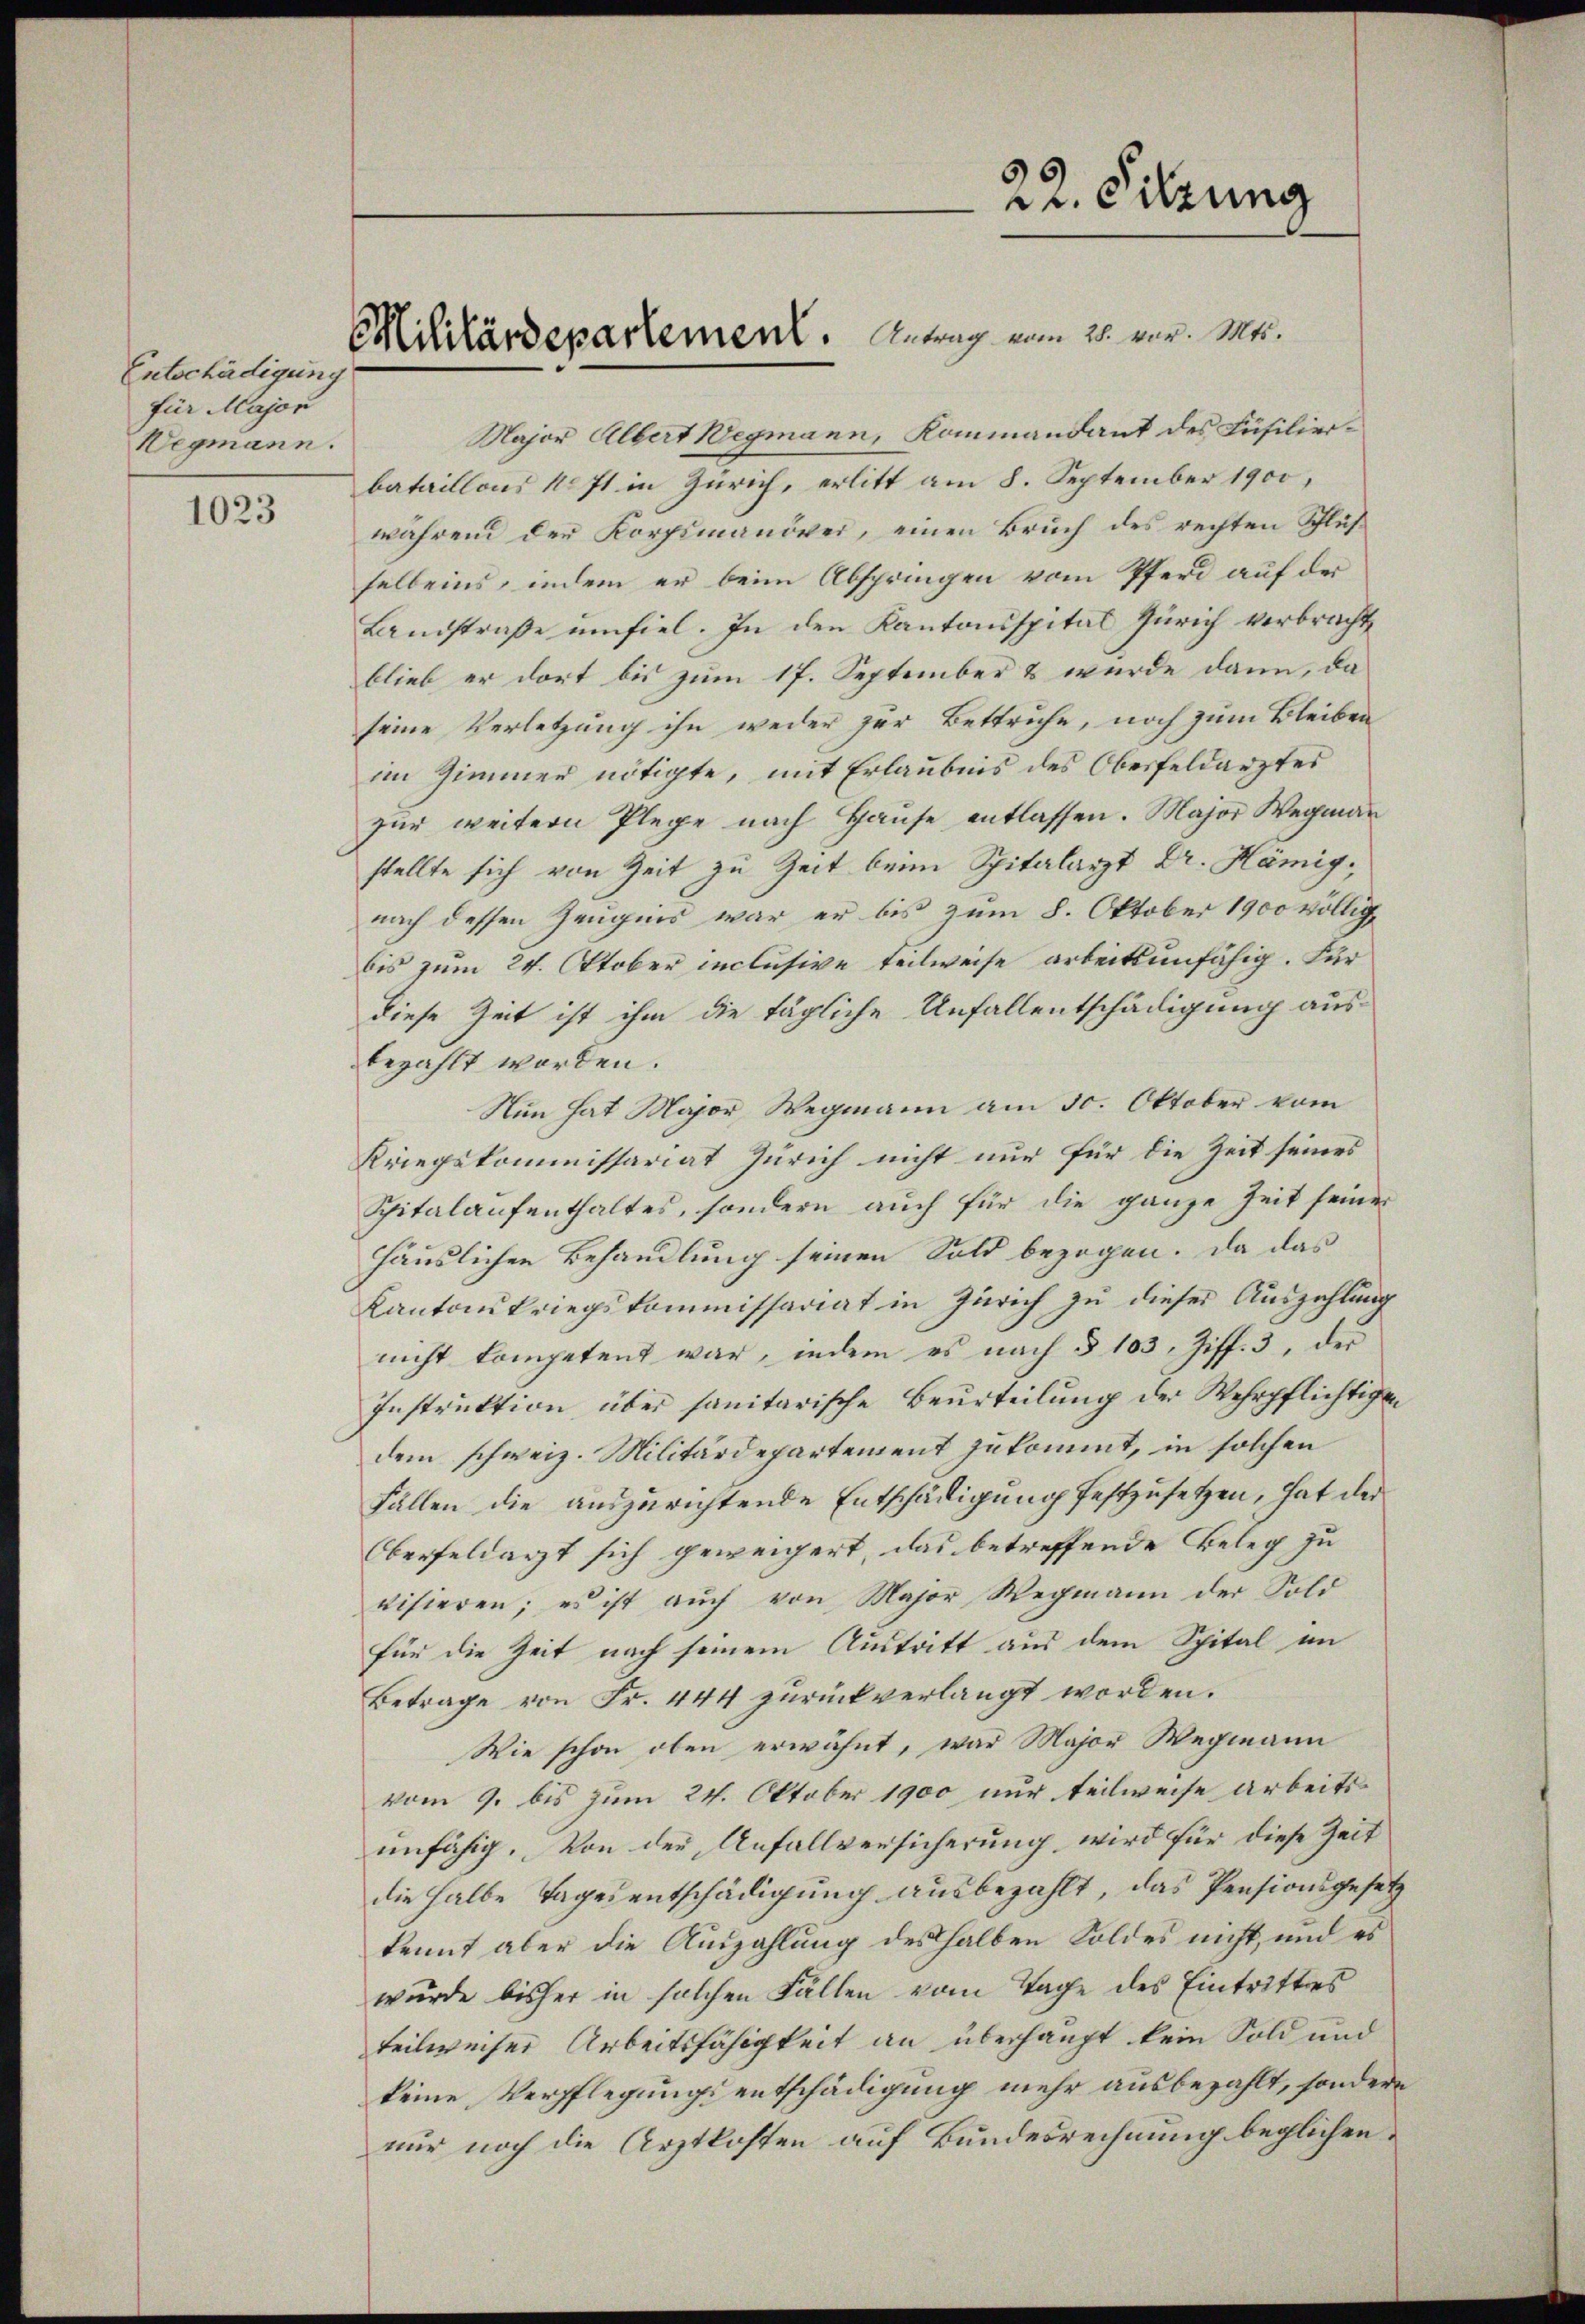
Entschädigung
für Major
Wegmann.

1023

Major Albert Wegmann, Kommandant des Füsilierbataillons No 71 in Zürich, erlitt am 8. September 1900,
während den Korpimanöver, einen Bruch des rechten Schlusselbeins, indem er beim Abspringen vom Pferd auf der
Landstraße umfiel. In den Kantonsspital Zürich verbracht
blieb er dort bis zum 17. September & wurde dann, da
seine Verletzung ihn weder zur Bettruhe, noch zum Bleiben
im Zimmer nötigte, mit Erlaubnis des Oberfeldarztes
zur weitern Plege nach Hause entlassen. Major Wegmann
stellte sich von Zeit zu Zeit beim Spitalarzt Dr. Hämig,
nach dessen Zeugnis war er bis zum 8. Oktober 1900 völlig
bis zum 24. Oktober inclusive teilweise arbeitsunfähig. Für
diese Zeit ist ihm die tägliche Unfallentschädigung ausbezahlt worden.
Nun hat Major Wegmann am 30. Oktober vom
Kriegskommissariat Zürich nicht nur für die Zeit seines
Spitalaufenthaltes, sondern auch für die ganze Zeit seiner
häuslichen Behandlung seinen Sold bezogen. Da das
Kantonskriegskommissariat in Zürich zu dieser Auszahlung
nicht kompetent war, indem es nach § 103, Ziff. 3, der
Instruktion über sanitarische Beurteilung der Wehrpflichtigen
dem schweiz. Militärdepartement zukommt, in solchen
Fällen die auszurichtende Entschädigung festzusetzen, hat der
(beefeldarzt sich geweigert, das betreffende Beleg zu
visieren; es ist aŭch von Major Wegmann der Sold
für die Zeit nach seinem Austritt aus dem Spital im
Betrage von Fr. 444 zurückverlangt worden.
Wie schon oben erwähnt, war Major Wegmann
vom 9. bis zum 24. Oktober 1900 nur teilweise arbeitsunfähig. Von der Anfallversicherung, wird für diese Zeit
die halbe Tagesentschädigung ausbezahlt, das Pensionsgesetz
kennt aber die Auszahlung deshalben Soldes nicht, und es
wurde bisher in solchen Fällen vom Tage des Eintritters
teilweiser Arbeitsfähigkeit an überhaupt kein Sold und
keine Verpflegungsentschädigung mehr ausbezahlt, sondern
nur noch die Arztkosten auf Bundesrechnung beglichen.

Militärdepartement. Antrag vom 28. war. Mts.

22. Sitzung